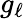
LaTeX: g_{\ell}